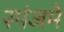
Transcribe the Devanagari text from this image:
स्पंजमें